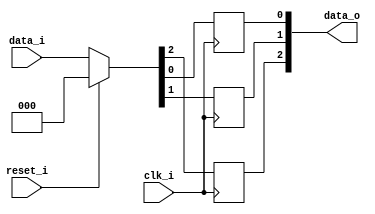
// This program was cloned from: https://github.com/NYU-MLDA/OpenABC
// License: BSD 3-Clause "New" or "Revised" License

module bsg_dff_reset_3
(
  clk_i,
  reset_i,
  data_i,
  data_o
);

  input [2:0] data_i;
  output [2:0] data_o;
  input clk_i;
  input reset_i;
  wire [2:0] data_o;
  wire N0,N1,N2,N3,N4,N5;
  reg data_o_2_sv2v_reg,data_o_1_sv2v_reg,data_o_0_sv2v_reg;
  assign data_o[2] = data_o_2_sv2v_reg;
  assign data_o[1] = data_o_1_sv2v_reg;
  assign data_o[0] = data_o_0_sv2v_reg;

  always @(posedge clk_i) begin
    if(1'b1) begin
      data_o_2_sv2v_reg <= N5;
    end 
  end


  always @(posedge clk_i) begin
    if(1'b1) begin
      data_o_1_sv2v_reg <= N4;
    end 
  end


  always @(posedge clk_i) begin
    if(1'b1) begin
      data_o_0_sv2v_reg <= N3;
    end 
  end

  assign { N5, N4, N3 } = (N0)? { 1'b0, 1'b0, 1'b0 } : 
                          (N1)? data_i : 1'b0;
  assign N0 = reset_i;
  assign N1 = N2;
  assign N2 = ~reset_i;

endmodule